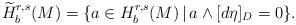
LaTeX: \begin{align*}\widetilde{H}^{r,s}_{b}(M)=\{a\in H^{r,s}_{b}(M)\,|\,a\wedge[d\eta]_{D}=0\}.\end{align*}